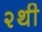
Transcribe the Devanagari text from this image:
२थी